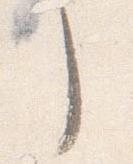
了